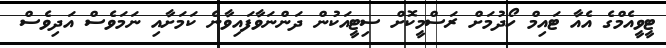
ޓީވީއެމްގެ އެއާ ޓައިމް ހޯދުމަށް ރަސްމީކޮށް ސިޓީއަކުން ދަންނަވާފައިވާނެ ކަމަށާއި ނަމަވެސް އަދިވެސް